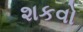
શકવો